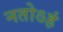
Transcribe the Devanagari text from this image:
नतोऽहं